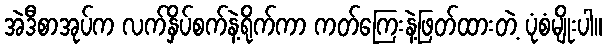
အဲဒီစာအုပ်က လက်နှိပ်စက်နဲ့ရိုက်ကာ ကတ်ကြေးနဲ့ဖြတ်ထားတဲ့ ပုံစံမျိုးပါ။